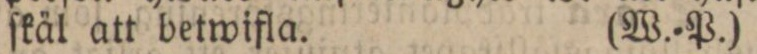
ſkäl att betwifla.    (W.=P.)